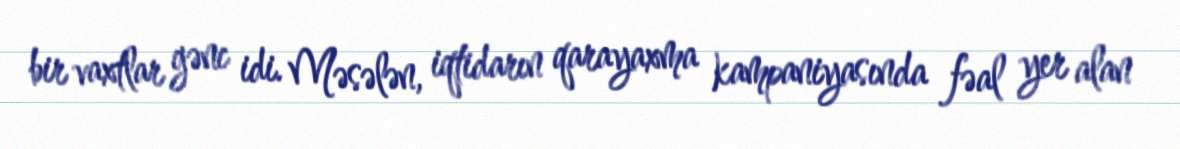
bir vaxtlar gənc idi. Məsələn, iqtidarın qarayaxma kampaniyasında fəal yer alan